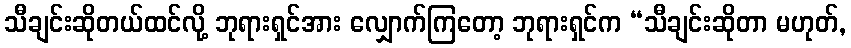
သီချင်းဆိုတယ်ထင်လို့ ဘုရားရှင်အား လျှောက်ကြတော့ ဘုရားရှင်က “သီချင်းဆိုတာ မဟုတ်,